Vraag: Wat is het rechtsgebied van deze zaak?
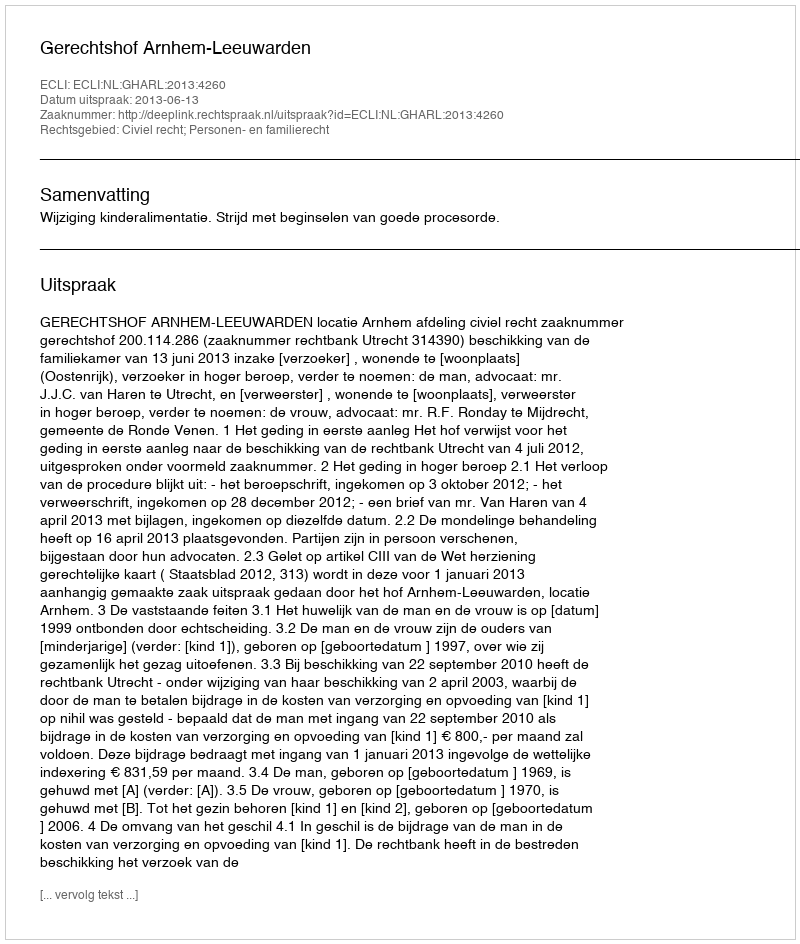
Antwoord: Civiel recht; Personen- en familierecht